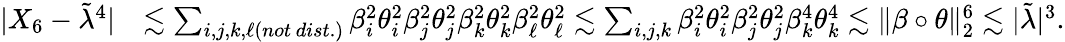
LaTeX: \begin{array}{rl}{|X_{6}-\tilde{\lambda}^{4}|}&{\lesssim\sum_{i,j,k,\ell(not\, dist.)}\beta_{i}^{2}\theta_{i}^{2}\beta_{j}^{2}\theta_{j}^{2}\beta_{k}^{2}\theta_{k}^{2}\beta_{\ell}^{2}\theta_{\ell}^{2}\lesssim\sum_{i,j,k}\beta_{i}^{2}\theta_{i}^{2}\beta_{j}^{2}\theta_{j}^{2}\beta_{k}^{4}\theta_{k}^{4}\lesssim\| \beta\circ\theta\| _{2}^{6}\lesssim|\tilde{\lambda}|^{3}.}\end{array}